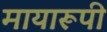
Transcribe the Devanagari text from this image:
मायारूपी